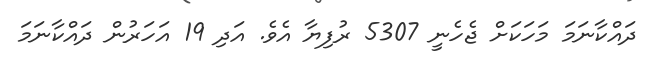
ދައްކާނަމަ މަހަކަށް ޖެހެނީ 5307 ރުފިޔާ އެވެ. އަދި 19 އަހަރުން ދައްކާނަމަ